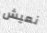
نعيش